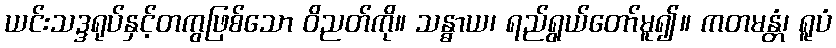
ယင်းသဒ္ဒရုပ်နှင့်တကွဖြစ်သော ဝိညတ်ကို။ သန္ဓာယ၊ ရည်ရွယ်တော်မူ၍။ ကတမန္တံ၊ ရူပံ